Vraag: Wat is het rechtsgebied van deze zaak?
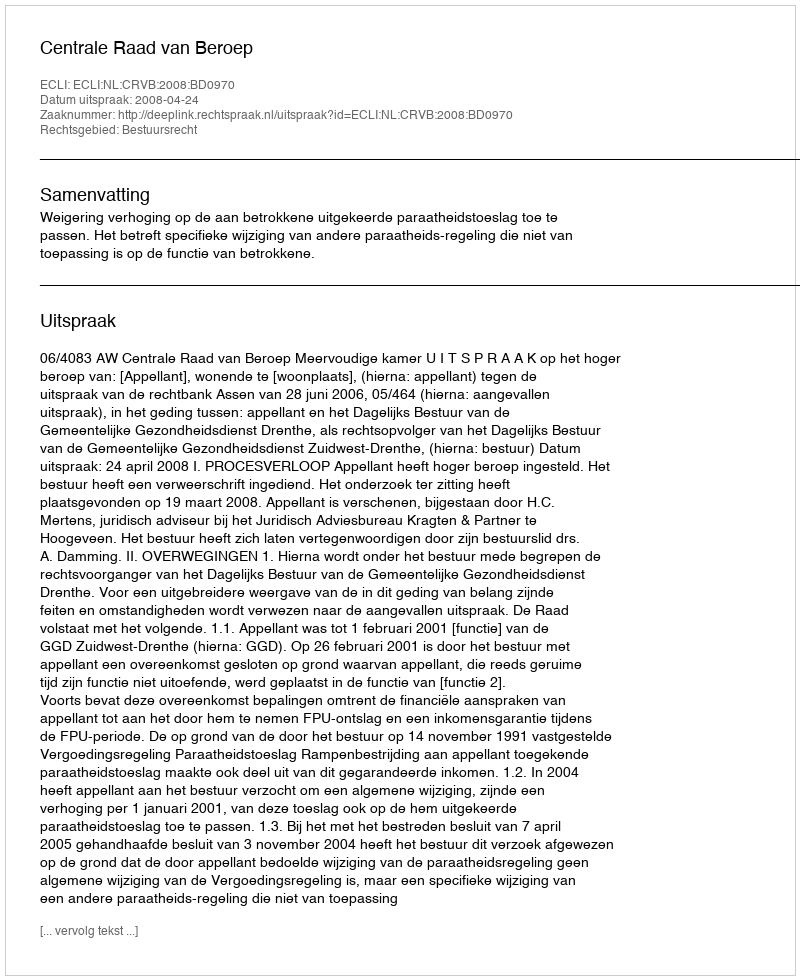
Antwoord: Bestuursrecht